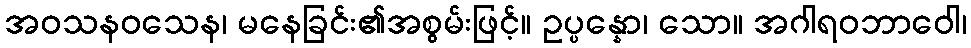
အဝသနဝသေန၊ မနေခြင်း၏အစွမ်းဖြင့်။ ဥပ္ပန္နော၊ သော။ အဂါရဝဘာဝေါ၊